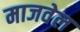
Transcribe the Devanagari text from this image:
माजवेल